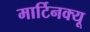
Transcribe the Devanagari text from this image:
मार्टिनक्यू